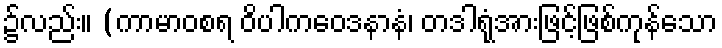
၌လည်း။ (ကာမာဝစရ ဝိပါကဝေဒနာနံ၊ တဒါရုံအားဖြင့်ဖြစ်ကုန်သော